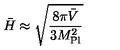
\bar { H } \approx \sqrt { \frac { 8 \pi \bar { V } } { 3 M _ { \mathrm { P l } } ^ { 2 } } }